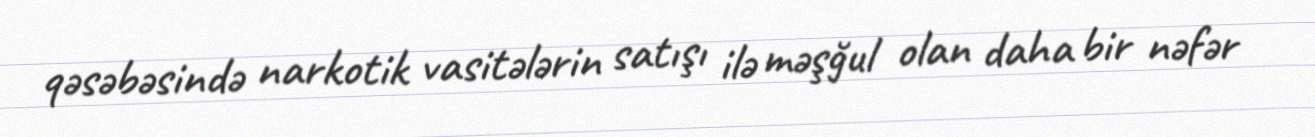
qəsəbəsində narkotik vasitələrin satışı ilə məşğul olan daha bir nəfər